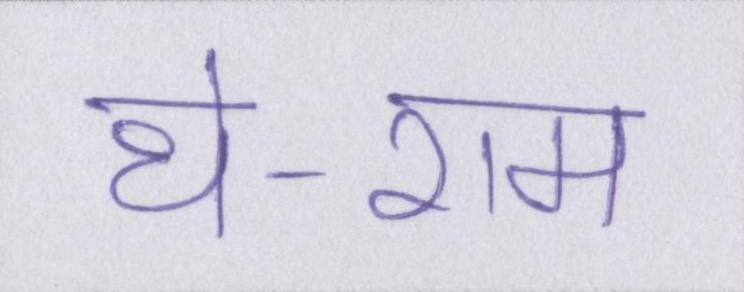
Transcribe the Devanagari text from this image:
थे-राम